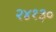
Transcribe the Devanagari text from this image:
२४१३०